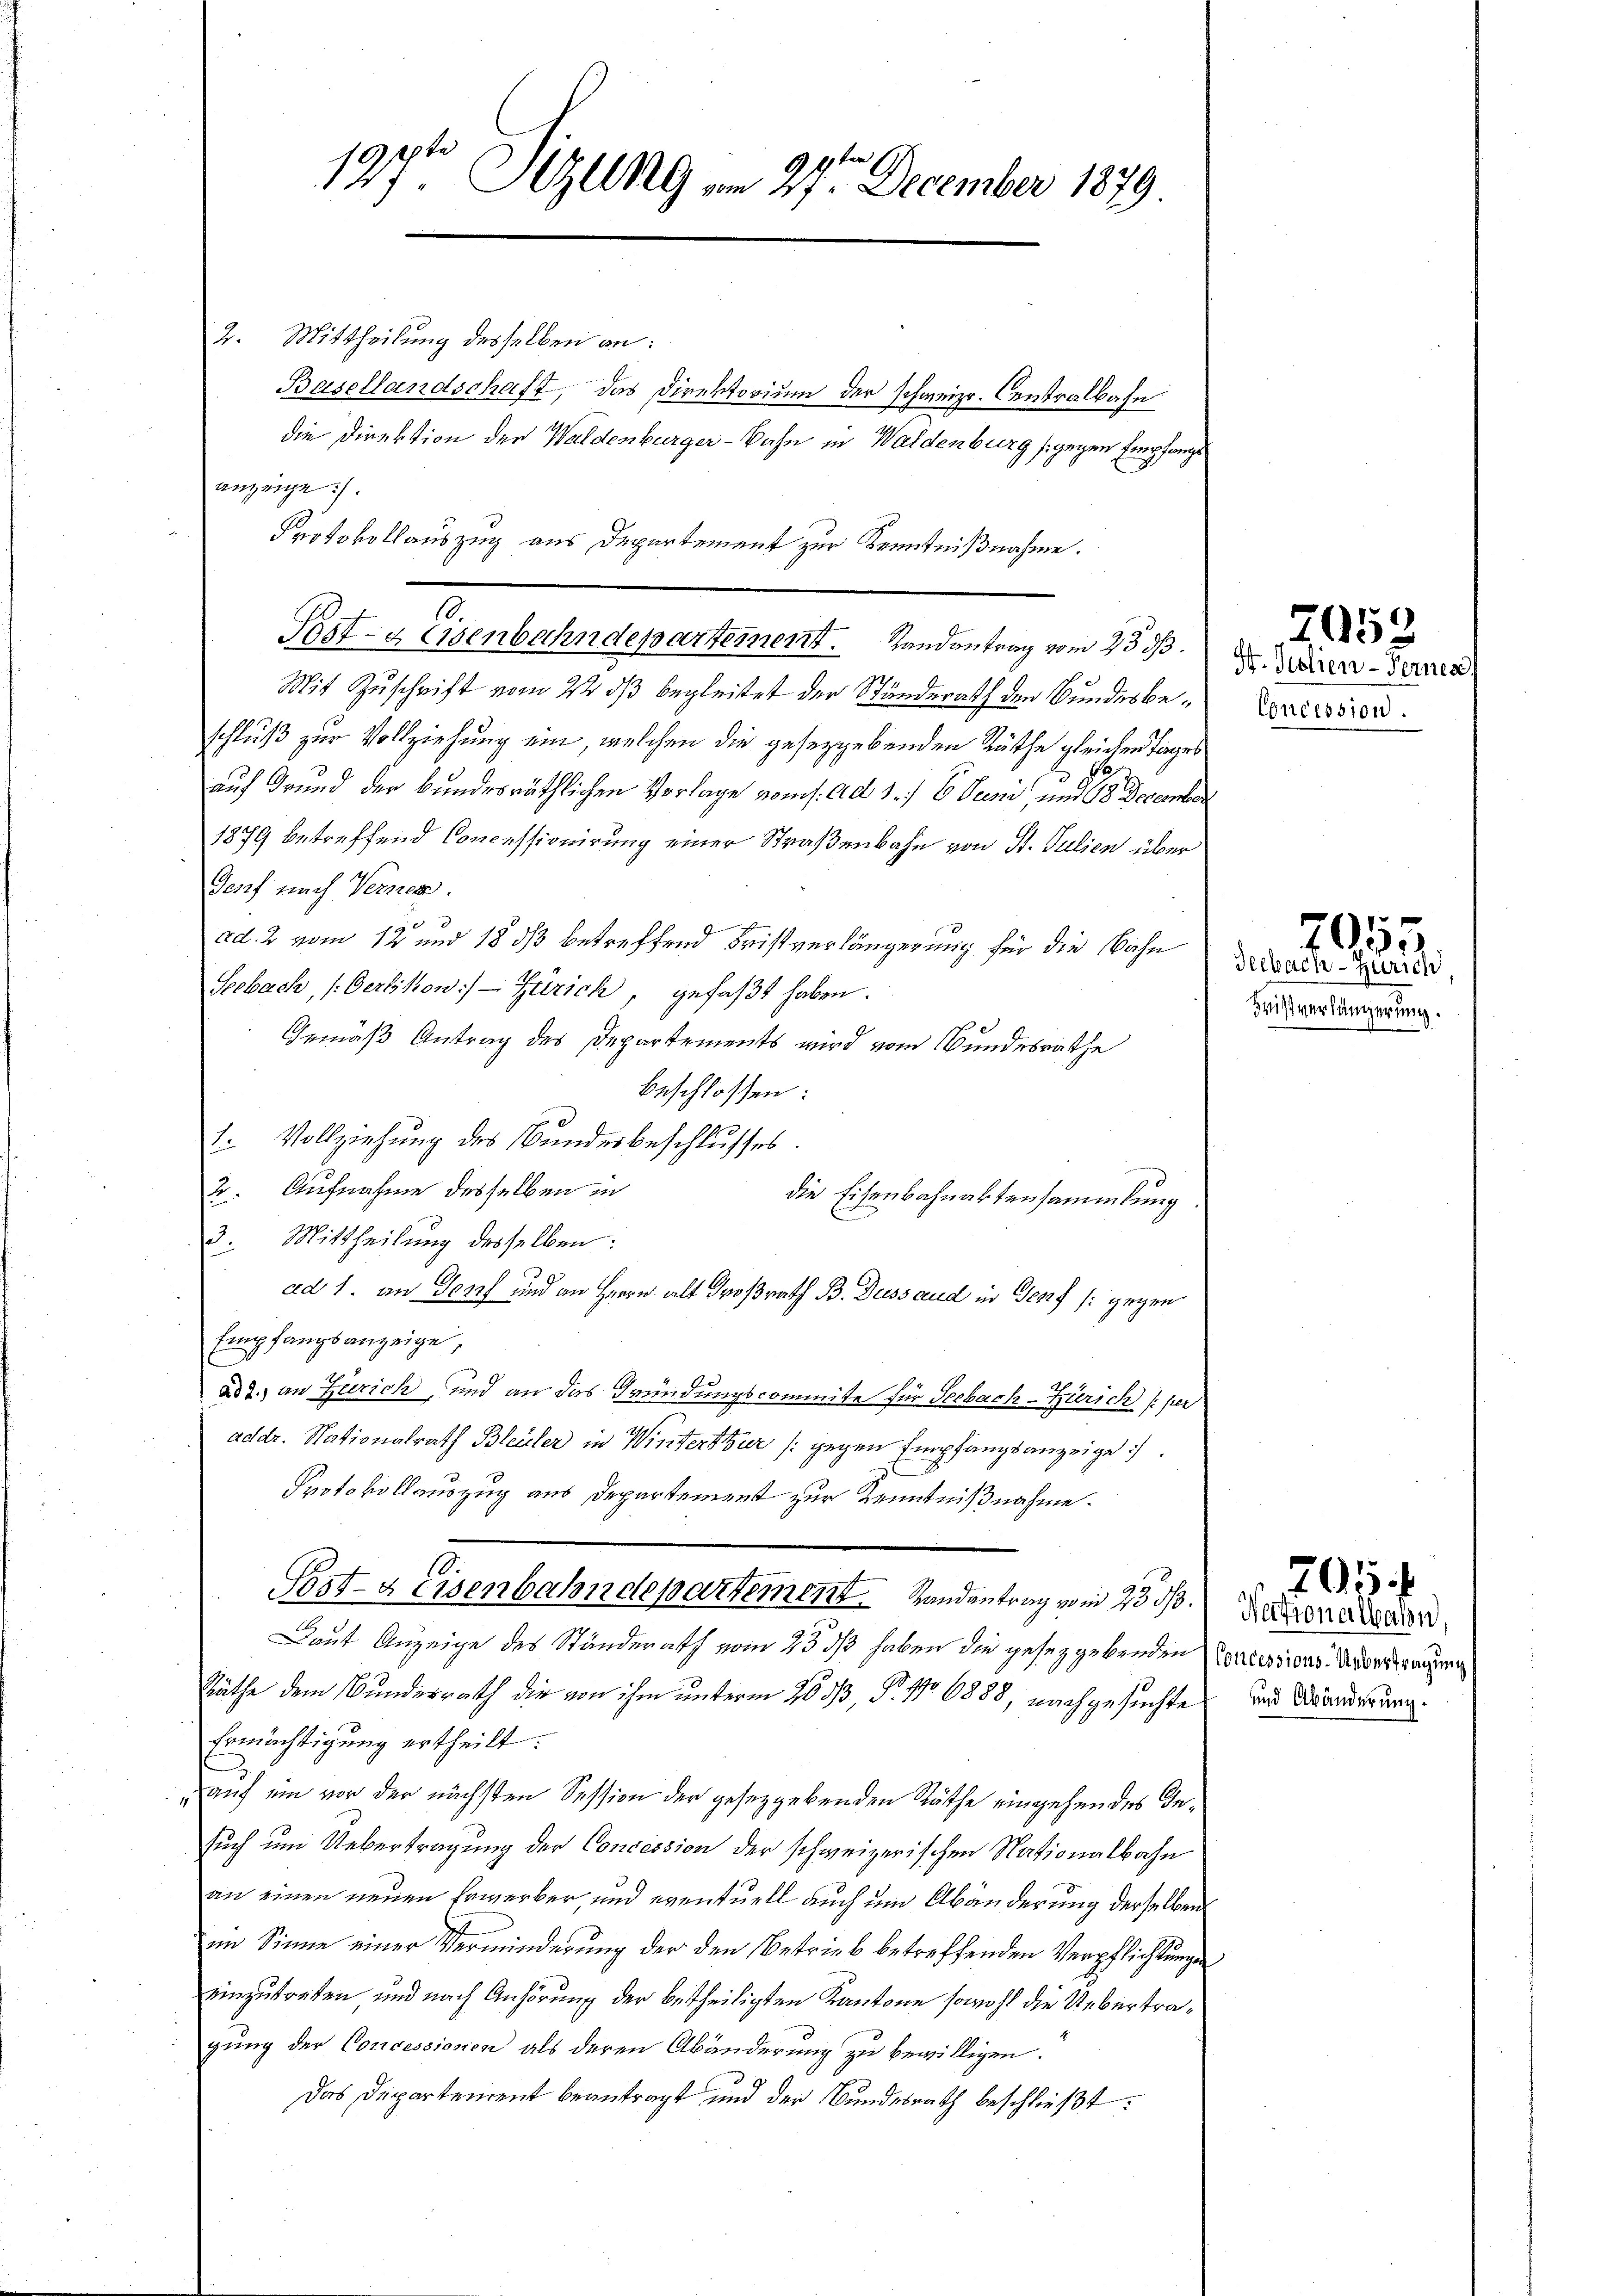
197t Sizung am 27. December 1879

anzeige:
10.

2. Mittheilung desselben an:
Basellandschaft, das Direktorium der schweiz. Centralbahn
die Direktion der Waldenburger-Bahn in Waldenburg (gegen Empfange
Protokollauszug aus Departement zur Kenntnißnahme.
Post- & Eisenbahndepartement. Landantrag vom 23. ds.
Mit Zuschrift vom 22. ds begleitet der Ständerath den Bundesbeschluß zur Vollziehung ein, welchen die geseggebenden Räthe gleichen Tages
b
auf Grund der Bundesräthlichen Verlage vom 1. ad 1. / 6 Peci, und 18 December
1879 betreffend Concessionirung einer Straßenbahn von St. Julien über
Genf nach Vernen.
958
ad. 2 vom 12 und 18 dß betreffend Fristverlängerung für die Bahn
Seebach, /:Gerlikon:) - Zürich, gefaßt haben.
Gemäß Antrag des Departements wird vom Bundesrathe
beschlossen:
1. Vollziehung des Bundesbeschlusses.
2. Aufnahme desselben in
die Eisenbahnaktensammlung
Mittheilung desselben:
.
ad 1. an Genf und an Herrn alt Großrath B. Dessaud in Genf /: gegen
Empfangsanzeige,
ad 2.) an Zürich, und an das Gründungscommite für Seebach-Zürich (per
addr. Nationalrath Bleuler in Winterthier (gegen Empfangsanzeige
Protokollauszug aus Departement zur Kenntnißnahme.
S.
Post-a eisenbahndepartement. Randantrag vom 23. ds.
Daut Anzeige des Ständerath vom 23. ds haben die gesez gebenden Pertissions Aderdräng
Räthe dem Bundesrath die von ihm unterm 26 dß, N. 1106888, nachgesuchte
Ermächtigung ertheilt:
auf ein vor der nächsten Session der gesetzgebenden Räthe eingehen des Insuch um Uebertragung der Concession der schweizerischen Nationalbahn
an einen neuen Erwerber, und eventuell auch um Abänderung derselben
im Sinne einer Verminderung der den Betrieb betreffenden Verpflichtungen
einzutreten und nach Anhörung der betheiligten Kantone sowohl die Uebertragung der Concessionen als deren Abänderung zu bewilligen.
Das Departement beantragt und der Bundesrath beschließt:

H. Jolien-Ferner
Concession.

2052

Seebach-Zürich,
Beistverlängerung.

Nectionalbahn,
und Abänderung.

705 f

2053